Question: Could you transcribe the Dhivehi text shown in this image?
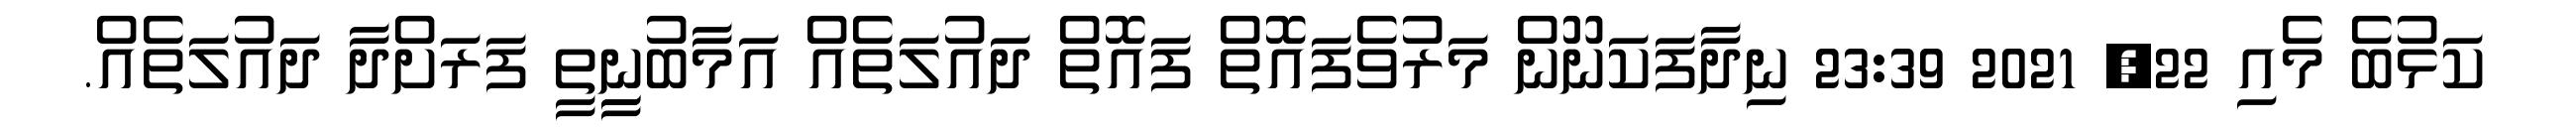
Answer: ކަޅުބެ މެއި 22, 2021 23:39 ނިދާފަކަނޫން މަރުވެފައޮތް ފައޮތް ދައުލަތެއް އަމާބުނީިތީ ފަރަށްދާ ދައުލަތެއް.